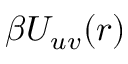
\beta U _ { u v } ( r )